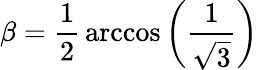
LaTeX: \beta={\frac{1}{2}}\operatorname{arccos}\left({\frac{1}{\sqrt{3}}}\right)